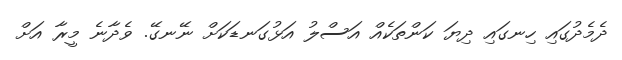
ދެމެދުގައި ހިނގައި ދިޔަ ކަންތަކެއް އަސްލު އަޅުގަނޑަކަށް ނޭނގޭ. ވެދާނެ މީރާ އަށް